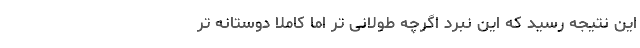
این نتیجه رسید که این نبرد اگرچه طولانی‌ تر اما کاملاً دوستانه تر